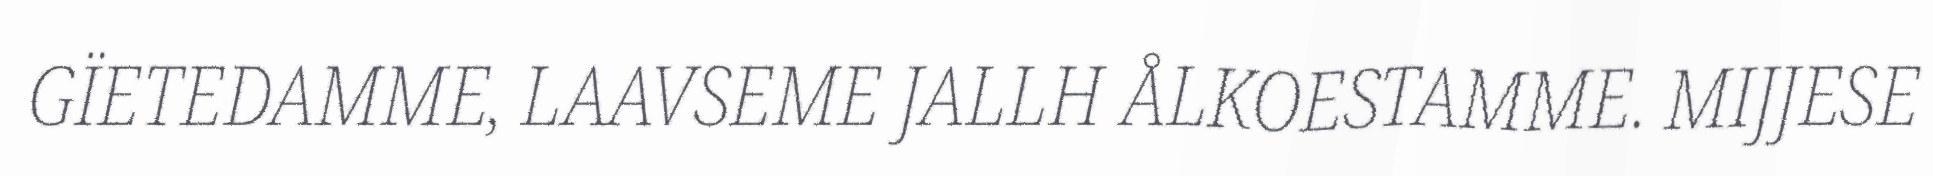
GÏETEDAMME, LAAVSEME JALLH ÅLKOESTAMME. MIJJESE